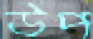
উপ